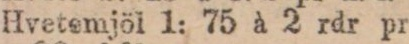
Hvetemjöl 1: 75 à 2 rdr pr